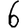
Digit: 6